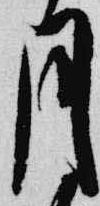
月